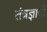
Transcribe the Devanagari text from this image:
तंत्रज्ञाची